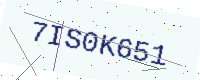
Text: 7IS0K651